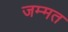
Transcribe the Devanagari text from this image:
जम्मत